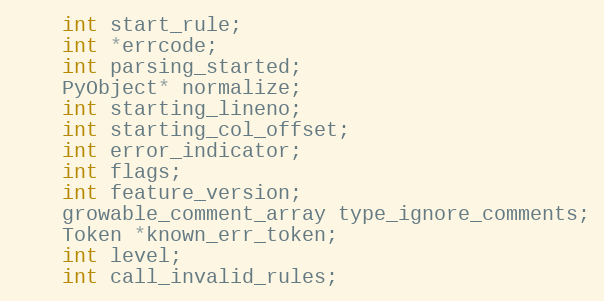
Language: C
    int start_rule;
    int *errcode;
    int parsing_started;
    PyObject* normalize;
    int starting_lineno;
    int starting_col_offset;
    int error_indicator;
    int flags;
    int feature_version;
    growable_comment_array type_ignore_comments;
    Token *known_err_token;
    int level;
    int call_invalid_rules;